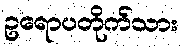
ဥရောပတိုက်သား